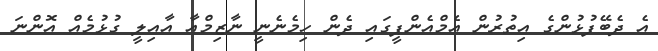
އެ ދެބޭފުޅުންގެ އިތުރުން އެމްއެންޕީގައި ދެން ހިމެނެނީ ނާޒިމްއާ އާއިލީ ގުޅުމެއް އޮންނަ